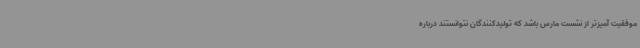
موفقیت آمیزتر از نشست مارس باشد که تولیدکنندگان نتوانستند درباره